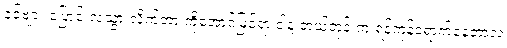
ခင်ဗျား ပြောင်းလဲသွားလိုက်တာ ကိုအောင်မြင်ရာ ဒါနဲ့ ဘယ်တုန်းက ရန်ကုန်ရောက်နေတာလဲ